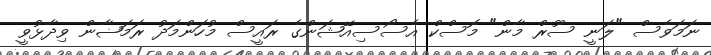
ނަމަވެސް "ލަނީ ސޫރް މާން" މޮސްކް އެސޯސިއޭޝަންގެ ރައީސް މުހަންމަދު ރަމަޟާން ވިދާޅުވީ